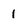
Character: 1